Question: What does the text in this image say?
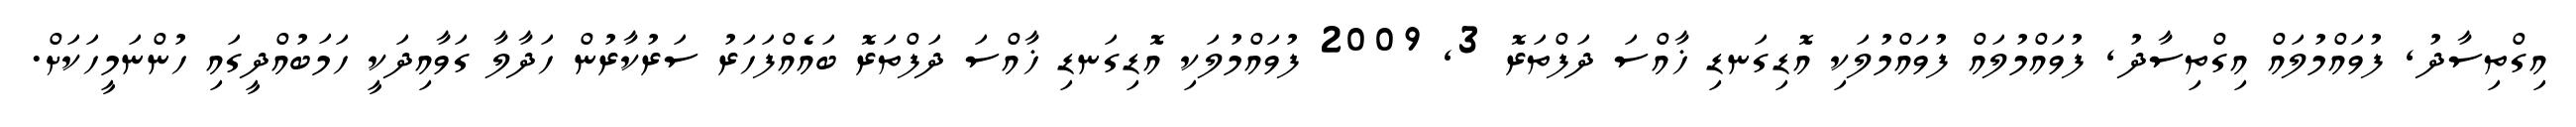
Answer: އިގްތިސާދު, ފުވައްމުލައް އިގްތިސާދު, ފުވައްމުލައް ފުވައްމުލަކި އޮޑިގަނޑި ޚާއްސަ ދަފްތަރޮ 3, 2009 ފުވައްމުލަކި އޮޑިގަނޑި ޚާއްސަ ދަފްތަރޮ ބައެއްފަހަރު ސަރުކާރުން ހަދާލާ ގަވާއިދަކީ ހަމަބުއްދީގައި ހުންނަމީހަކަށް.